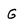
Character: G